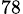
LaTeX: _{78}